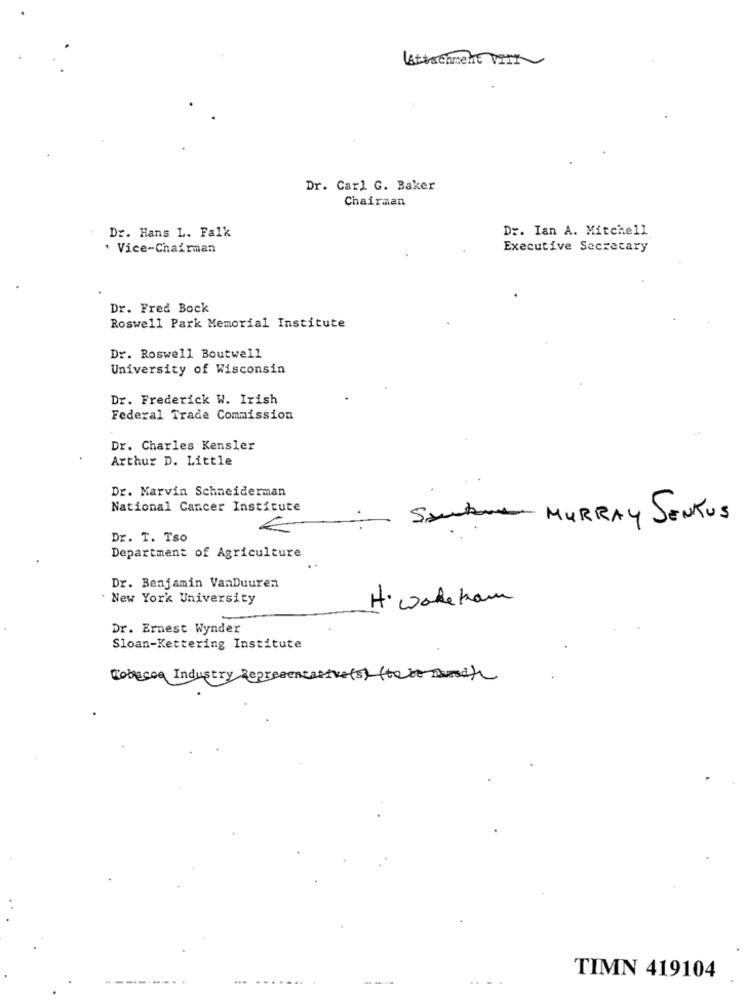
LAttachment VirK
Dr. Carl G. Baker
Chairman
Dr. Hans L. Falk
Dr. Ian A. Mitchell
* Vice-Chairman
Executive Secretary
Dr. Fred Bock
Roswell Park Memorial Institute
Dr. Roswell Boutwell
University of Wisconsin
Dr. Frederick W. Irish
Federal Trade Commission
Dr. Charles Kensler
Arthur D. Little
Dr. Marvin Schneiderman
National Cancer Institute
Santana MURRAY SENKUS
Dr. T. Tso
Department of Agriculture
Dr. Benjamin VanDuuren
. New York University
H. wareham
Dr. Ernest Wynder
Sloan-Kettering Institute
Cobecca Industry Representative(s) (to be a)
TIMN 419104
-....
...